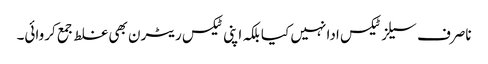
ناصرف سیلز ٹیکس ادا نہیں کیا بلکہ اپنی ٹیکس ریٹرن بھی غلط جمع کروائی۔